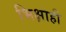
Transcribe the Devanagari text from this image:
भिक्षाही